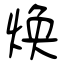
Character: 焕